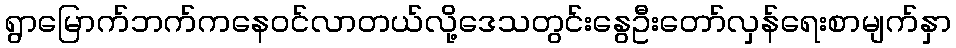
ရွာမြောက်ဘက်ကနေဝင်လာတယ်လို့ဒေသတွင်းနွေဦးတော်လှန်ရေးစာမျက်နှာ